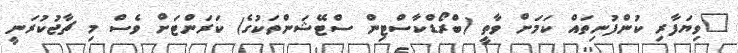
"ވިޔަފާރި ކުންފުނިތައް ކަމަށް ވާތީ (ބްރޯޑްކާސްޓިން ސްޓޭޝަންތަކުގެ) ކަރަންޓަށް ވެސް މި ޗާޖުކުރަނީ